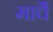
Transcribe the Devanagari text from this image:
मार्चे